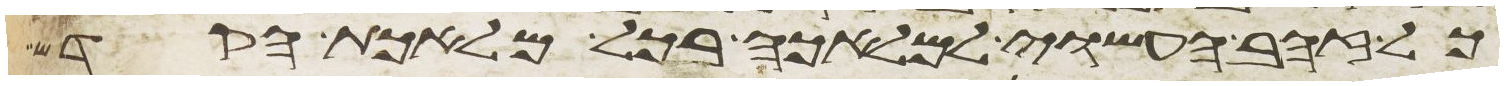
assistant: כל זהב העשוי למלאכה בכל מלאכת הקדש